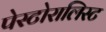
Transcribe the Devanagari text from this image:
पेस्टोरालिस्ट